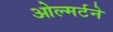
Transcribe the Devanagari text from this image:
ओल्मर्टने